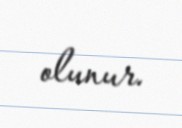
olunur.